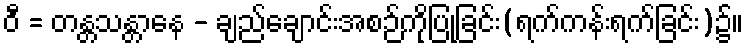
ဝီ = တန္တသန္တာနေ - ချည်ချောင်းအစဉ်ကိုပြုခြင်း(ရက်ကန်းရက်ခြင်း)၌။